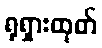
ရုရှားထုတ်